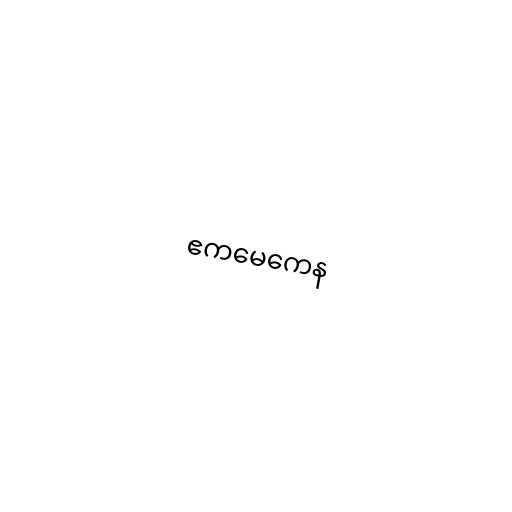
ဧကမေကေန